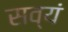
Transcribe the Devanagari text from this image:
सव्यं